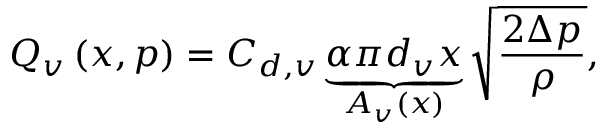
Q _ { v } \left( x , p \right) = C _ { d , v } \underbrace { \alpha \pi d _ { v } x } _ { A _ { v } \left( x \right) } \sqrt { \frac { 2 \Delta p } { \rho } } ,